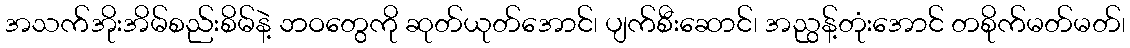
အသက်အိုးအိမ်စည်းစိမ်နဲ့ ဘဝတွေကို ဆုတ်ယုတ်အောင်၊ ပျက်စီးဆောင်၊ အညွန့်တုံးအောင် တစိုက်မတ်မတ်၊